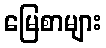
မြေစာများ